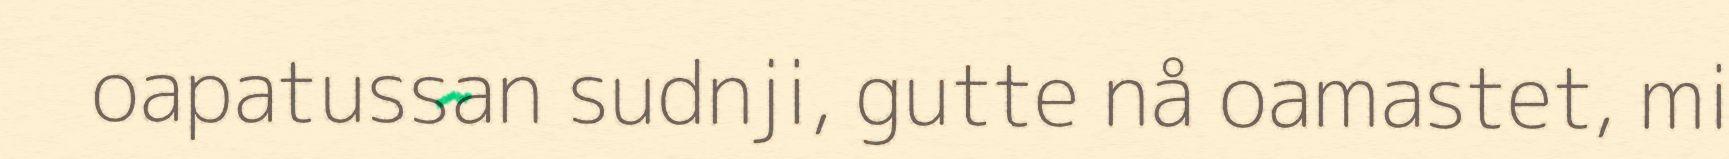
oapatussan sudnji, gutte nå oamastet, mi